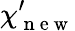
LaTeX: \mathbf{\chi}_{\mathrm{~n~e~w~}}^{\prime}